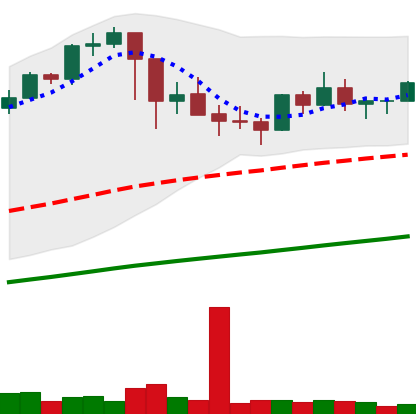
Ticker: BTC-USD
Chart end date: 2021-03-07
Forward return: 11.962%
Label: up_7plus